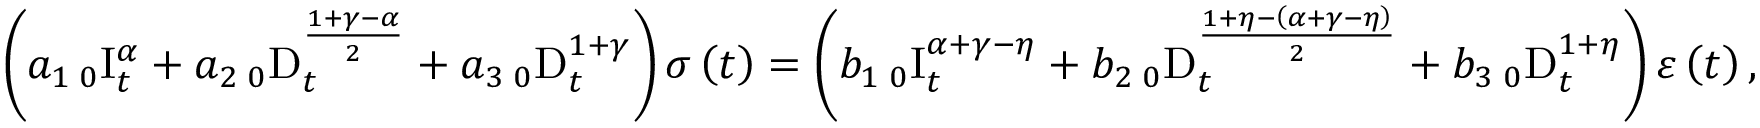
\left( a _ { 1 } \, _ { 0 } \mathrm { I } _ { t } ^ { \alpha } + a _ { 2 } \, _ { 0 } \mathrm { D } _ { t } ^ { \frac { 1 + \gamma - \alpha } { 2 } } + a _ { 3 } \, _ { 0 } \mathrm { D } _ { t } ^ { 1 + \gamma } \right) \sigma \left( t \right) = \left( b _ { 1 } \, _ { 0 } \mathrm { I } _ { t } ^ { \alpha + \gamma - \eta } + b _ { 2 } \, _ { 0 } \mathrm { D } _ { t } ^ { \frac { 1 + \eta - \left( \alpha + \gamma - \eta \right) } { 2 } } + b _ { 3 } \, _ { 0 } \mathrm { D } _ { t } ^ { 1 + \eta } \right) \varepsilon \left( t \right) ,